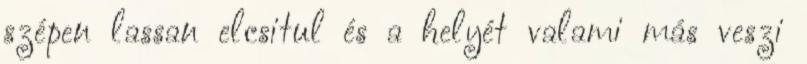
szépen lassan elcsitul és a helyét valami más veszi